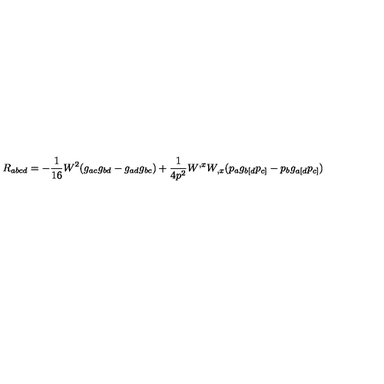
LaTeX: R _ { a b c d } = - \frac { 1 } { 1 6 } W ^ { 2 } ( g _ { a c } g _ { b d } - g _ { a d } g _ { b c } ) + \frac { 1 } { 4 p ^ { 2 } } W ^ { , x } W _ { , x } ( p _ { a } g _ { b [ d } p _ { c ] } - p _ { b } g _ { a [ d } p _ { c ] } )